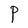
Character: P